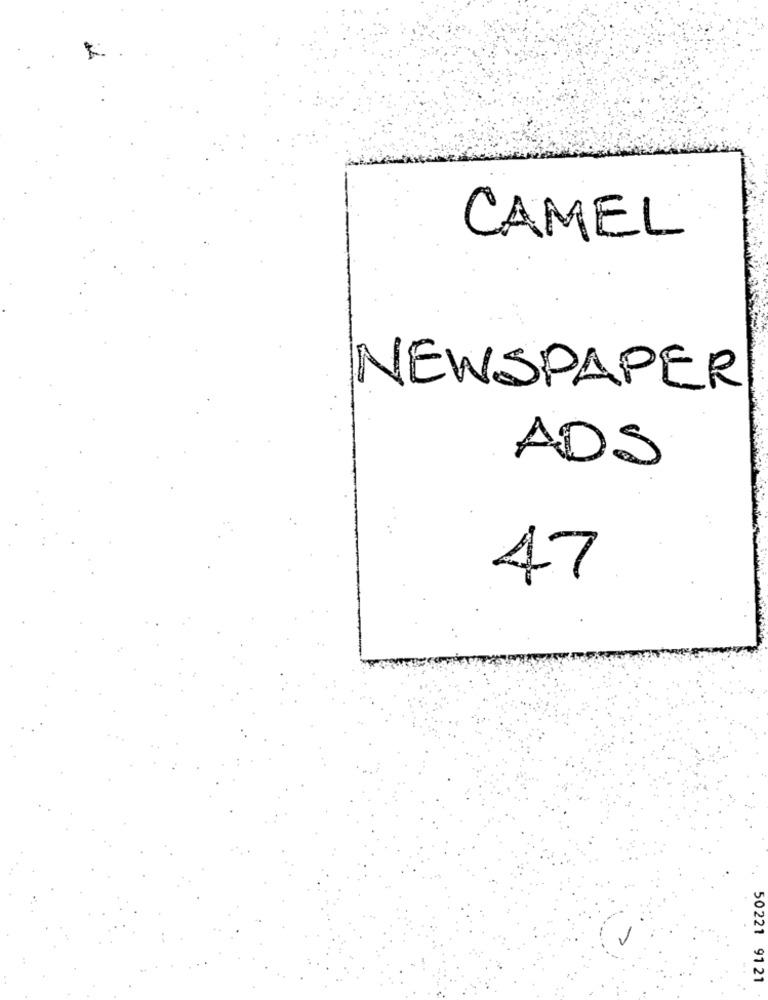
CAMEL
NEWSPAPER
ADS
47
50221 91 21